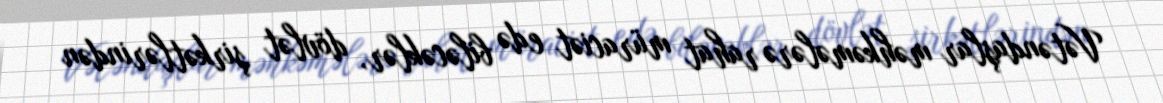
Vətəndaşlar məhkəmələrə rahat müraciət edə biləcəklər, dövlət şirkətlərindən